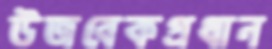
উজবেকপ্রধান